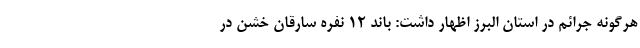
هرگونه جرائم در استان البرز اظهار داشت: باند 12 نفره سارقان خشن در